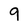
Character: 9